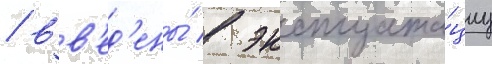
/ вв'ед'ены́ в эксплуата́циу